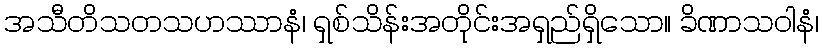
အသီတိသတသဟဿာနံ၊ ရှစ်သိန်းအတိုင်းအရှည်ရှိသော။ ခိဏာသဝါနံ၊